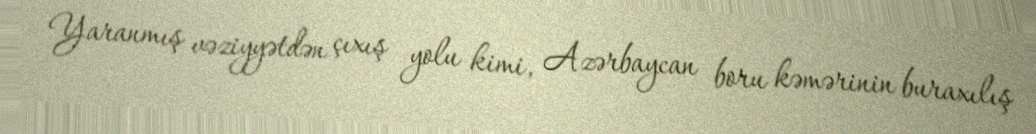
Yaranmış vəziyyətdən çıxış yolu kimi, Azərbaycan boru kəmərinin buraxılış